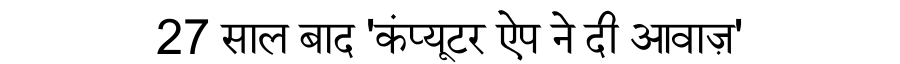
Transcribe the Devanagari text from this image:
27 साल बाद 'कंप्यूटर ऐप ने दी आवाज़'